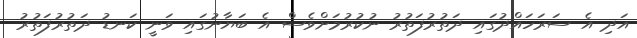
އަދި އެ ސަރަހައްދުގައި ދަތުރުފަތުރު ނުކުރުމަށްވެސް އެ ބަޔާނުގައި ވަނީ ކަނޑު ދަތުރުފަތުރު